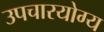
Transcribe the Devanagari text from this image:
उपचारयोग्य